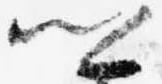
卿